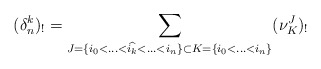
\begin{align*}(\delta_n^k)_!=\sum_{J=\{i_0<\hdots<\widehat{i_k}<\hdots<i_n\} \subset K=\{i_0<\hdots<i_n\} }(\nu_{K}^J)_!\end{align*}